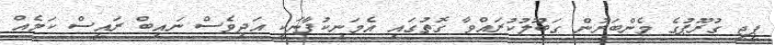
ޕީޖީ ގުރޫޕުގެ މެންބަރުން ގަބޫލުކުރައްވާ ގޮތުގައި އެމަނިކުފާނަކީ އަދިވެސް ނައިބް ރައީސް ކަމެއް